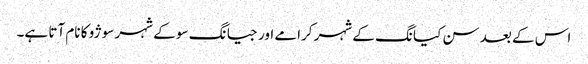
اس کے بعد سن کیانگ کے شہر کرامے اور جیانگ سو کے شہر سوژو کا نام آتا ہے۔